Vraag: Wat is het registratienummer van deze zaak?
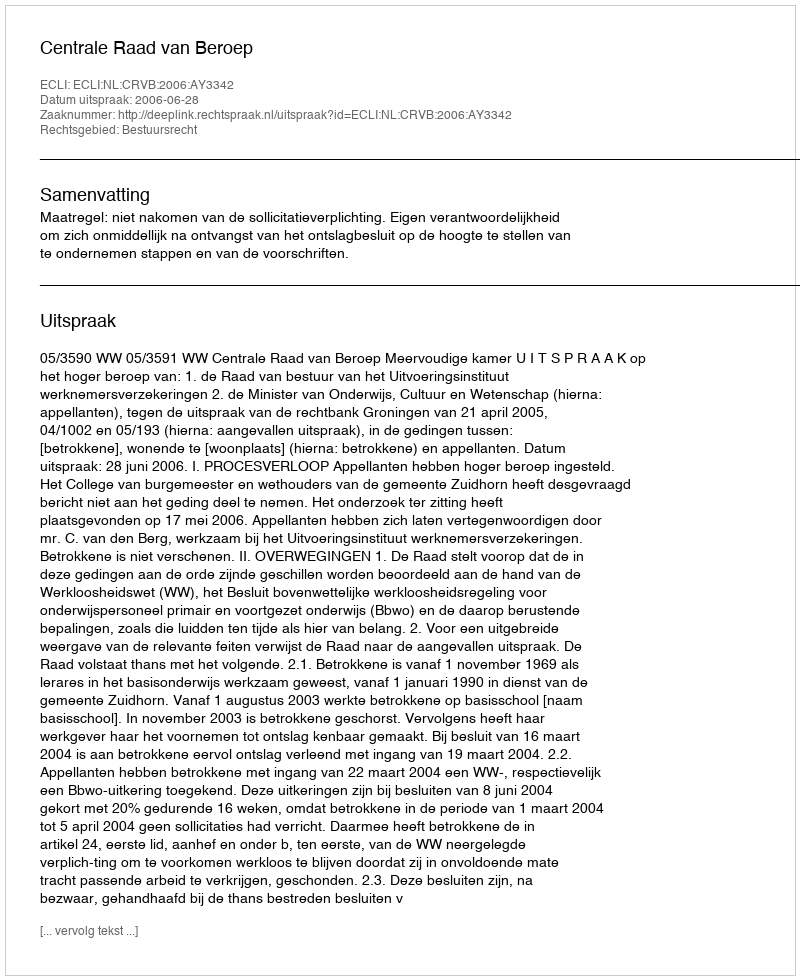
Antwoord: http://deeplink.rechtspraak.nl/uitspraak?id=ECLI:NL:CRVB:2006:AY3342